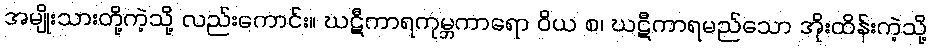
အမျိုးသားတို့ကဲ့သို့ လည်းကောင်း။ ဃဋီကာရကုမ္ဘကာရော ဝိယ စ၊ ဃဋီကာရမည်သော အိုးထိန်းကဲ့သို့